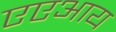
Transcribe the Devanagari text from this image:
एएआय